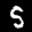
Label: 5